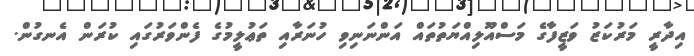
އިދާރީ މަރުކަޒު ވަޒީފާގެ މަސްއޫލިއްޔަތުތައް އަންނަނިވި ހުނަރާއި ތަޢުލީމުގެ ފެންވަރުގައި ކުރަން އެނގުން.